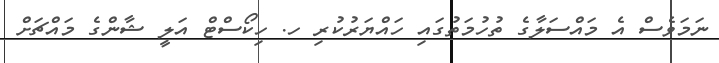
ނަމަވެސް އެ މައްސަލާގެ ތުހުމަތުގައި ހައްޔަރުކުރި ހ. ހިކޯސްޓް އަލީ ޝާންގެ މައްޗަށް